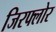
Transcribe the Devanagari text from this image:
जिरफ्लोर